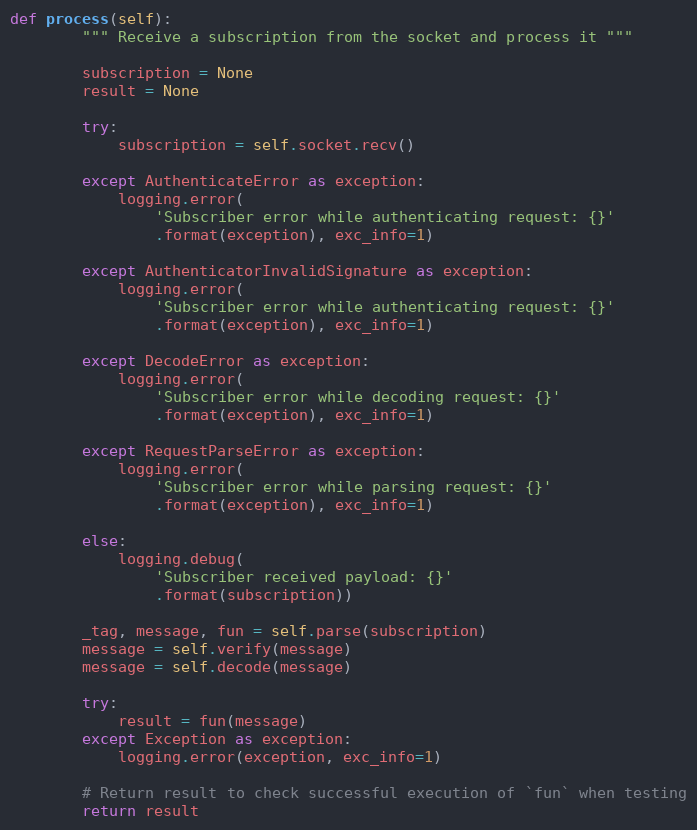
Language: Python
def process(self):
        """ Receive a subscription from the socket and process it """

        subscription = None
        result = None

        try:
            subscription = self.socket.recv()

        except AuthenticateError as exception:
            logging.error(
                'Subscriber error while authenticating request: {}'
                .format(exception), exc_info=1)

        except AuthenticatorInvalidSignature as exception:
            logging.error(
                'Subscriber error while authenticating request: {}'
                .format(exception), exc_info=1)

        except DecodeError as exception:
            logging.error(
                'Subscriber error while decoding request: {}'
                .format(exception), exc_info=1)

        except RequestParseError as exception:
            logging.error(
                'Subscriber error while parsing request: {}'
                .format(exception), exc_info=1)

        else:
            logging.debug(
                'Subscriber received payload: {}'
                .format(subscription))

        _tag, message, fun = self.parse(subscription)
        message = self.verify(message)
        message = self.decode(message)

        try:
            result = fun(message)
        except Exception as exception:
            logging.error(exception, exc_info=1)

        # Return result to check successful execution of `fun` when testing
        return result